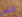
اللي